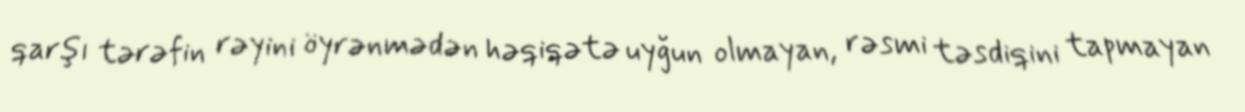
qarşı tərəfin rəyini öyrənmədən həqiqətə uyğun olmayan, rəsmi təsdiqini tapmayan